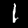
Digit: 1